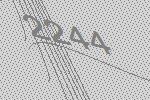
2244